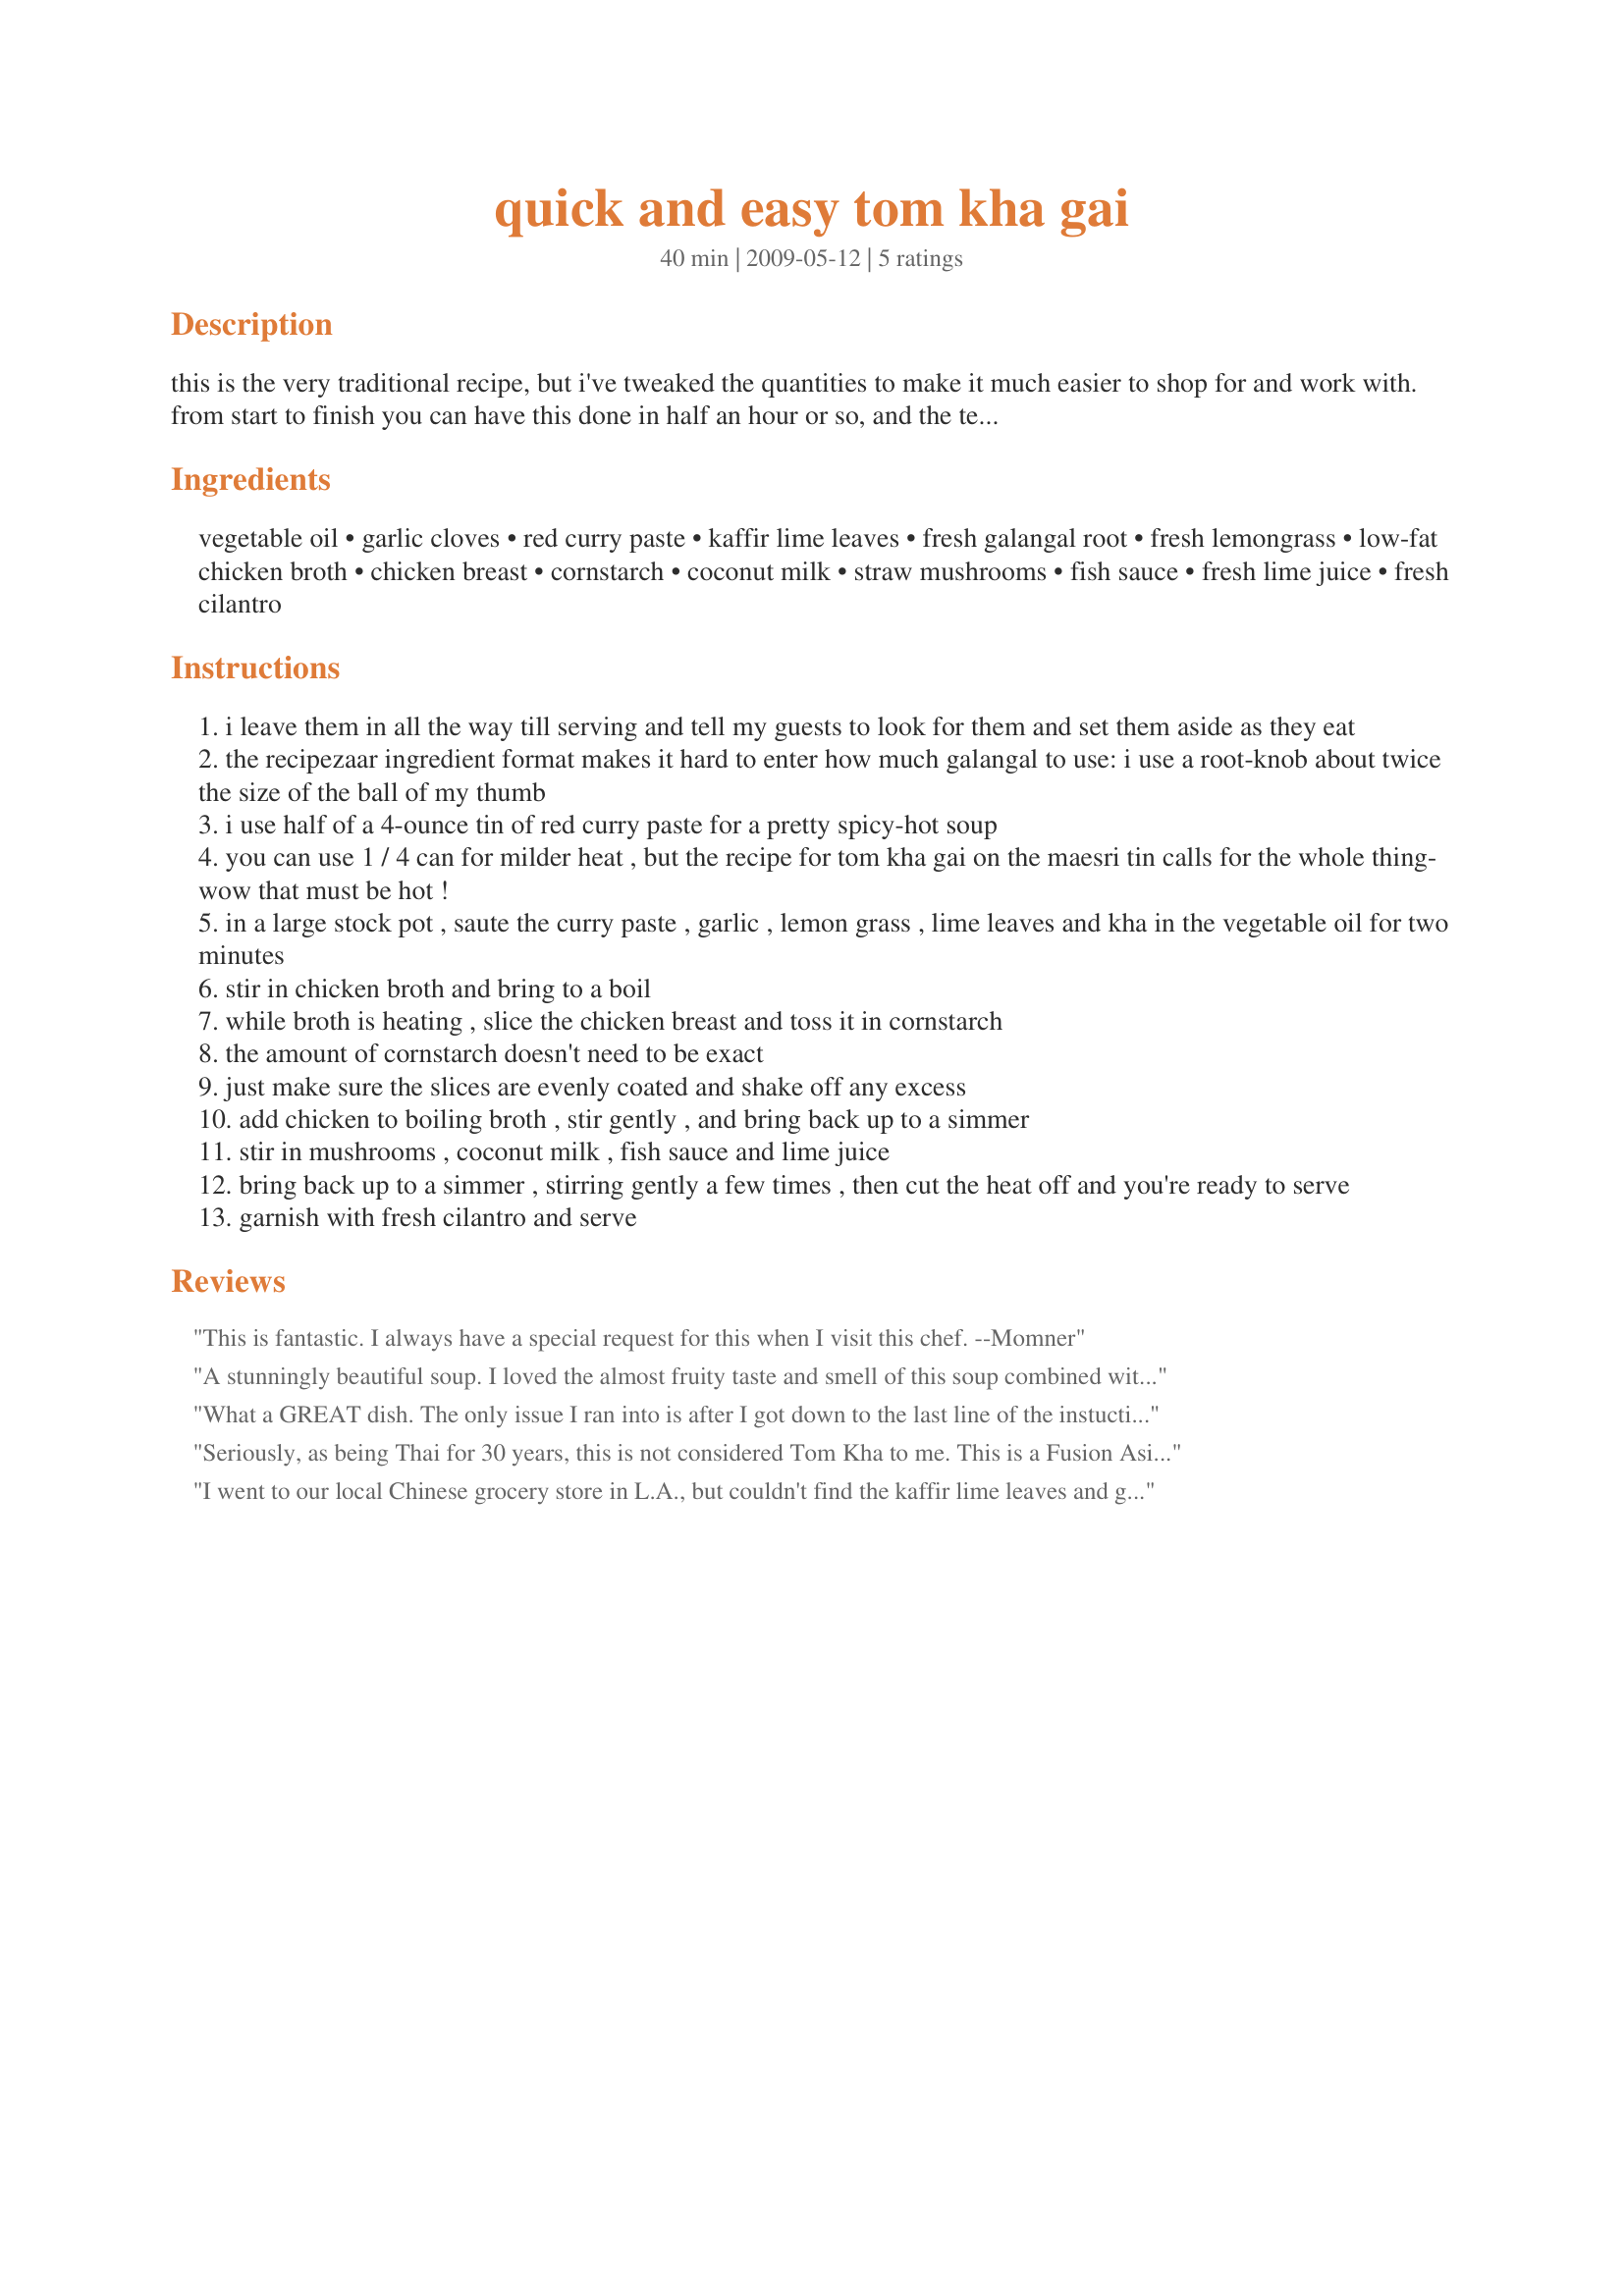
quick and easy tom kha gai
Preparation time: 40 minutes

this is the very traditional recipe, but i've tweaked the quantities to make it much easier to shop for and work with. from start to finish you can have this done in half an hour or so, and the technique really is beginner-level easy.

unfortunately, if you don't live in an area with a chinese grocery store, ingredient availability will be a problem. the hardest items to find are usually the kha (also called galangal) and the kaffir lime leaves, but if you can't find them please don't let that stop you; it's still excellent even without them. everything else listed here is very easy to find, between the chinese grocery and regular grocery.

this is one of the national dishes of thailand, and is usually found at thai restaurants, but this recipe is better than any i have ever had in a restaurant. i can't claim any credit though; i'm just passing along a very good recipe. warning: this soup is totally addictive!

Ingredients:
vegetable oil, garlic cloves, red curry paste, kaffir lime leaves, fresh galangal root, fresh lemongrass, low-fat chicken broth, chicken breast, cornstarch, coconut milk, straw mushrooms, fish sauce, fresh lime juice, fresh cilantro

Steps:
i leave them in all the way till serving and tell my guests to look for them and set them aside as they eat
the recipezaar ingredient format makes it hard to enter how much galangal to use: i use a root-knob about twice the size of the ball of my thumb
i use half of a 4-ounce tin of red curry paste for a pretty spicy-hot soup
you can use 1 / 4 can for milder heat , but the recipe for tom kha gai on the maesri tin calls for the whole thing- wow that must be hot !
in a large stock pot , saute the curry paste , garlic , lemon grass , lime leaves and kha in the vegetable oil for two minutes
stir in chicken broth and bring to a boil
while broth is heating , slice the chicken breast and toss it in cornstarch
the amount of cornstarch doesn't need to be exact
just make sure the slices are evenly coated and shake off any excess
add chicken to boiling broth , stir gently , and bring back up to a simmer
stir in mushrooms , coconut milk , fish sauce and lime juice
bring back up to a simmer , stirring gently a few times , then cut the heat off and you're ready to serve
garnish with fresh cilantro and serve

Reviews:
This is fantastic. I always have a special request for this when I visit this chef. --Momner
A stunningly beautiful soup. I loved the almost fruity taste and smell of this soup combined with the acceptable level of heat - I used about 2 oz. of red chili paste which was just enough to accentuate all the levels of this complex soup without overwhelming any. I was in love with this dish from the initial saute of galangal, lemongrass and keffir lime leaves. Try to get these ingredients fresh if you possibly can - it makes all the difference. I poached my chicken ahead of time which allowed me to finish the base of the soup before my guests arrived. Then I was able to enjoy a glass of wine and a marinated pineapple and shrimp appetizer with my guests before dinner. When we were ready to go I just put a small pile of shredded chicken in the center of each soup plate, ladled in the soup and finished with some chopped cilantro- what a beautiful presentation it made. Thanks for this terrific recipe.
What a GREAT dish. The only issue I ran into is after I got down to the last line of the instuctions and they said "serve", I looked around and still had the mushrooms sitting on the counter. So, I just threw them in and crossed my fingers. Everything turned out fine. YUM!!! YUM!!!<br/>I was intreged by the comment by camp chatsworth cook dealing with how he did the chicken. hmmmm.<br/>If anyone has any thoughts about the" when to add the mushrooms" issue, I would like to hear what you have to say.
Seriously, as being Thai for 30 years, this is not considered Tom Kha to me. This is a Fusion Asian food !!!<br/><br/>Tom Kha doesn't have sauteed chili paste with oil. It's basically water mixed with coconut milk and lemongrass, galangal to get all of the flavor, then added meat/vegetable, seasoned with fish sauce, lime juice sugar and fresh chile pepper and finished with lime leaves and cilantro.
I went to our local Chinese grocery store in L.A., but couldn't find the kaffir lime leaves and galangal root. I substituted lime zest and ginger powder. Hopefully next time I will able to find the kaffir leaves. I really liked how easily this recipe came together using the red curry paste. My BF and I LOVED this Tom Kha Gai. I have to admit that we hadn't heard of it before, but I came across the recipe after the other chef reviewed it. I will definitely be printing this recipe and keeping it to make again. Thank you for adding a wonderful Thai dish to our menu.
